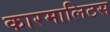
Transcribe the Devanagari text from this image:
कारमालिटस